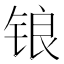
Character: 锒